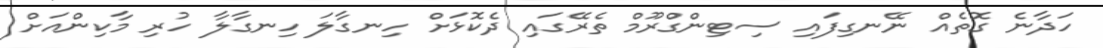
ހަދާނެ ގޮތެއް ނޭނގިފައި ސިޓިންގްރޫމް ތެރޭގައި ދެކޮޅަށް ހިނގާލަ ހިނގާލާ ހުރި މާކިންއަށް